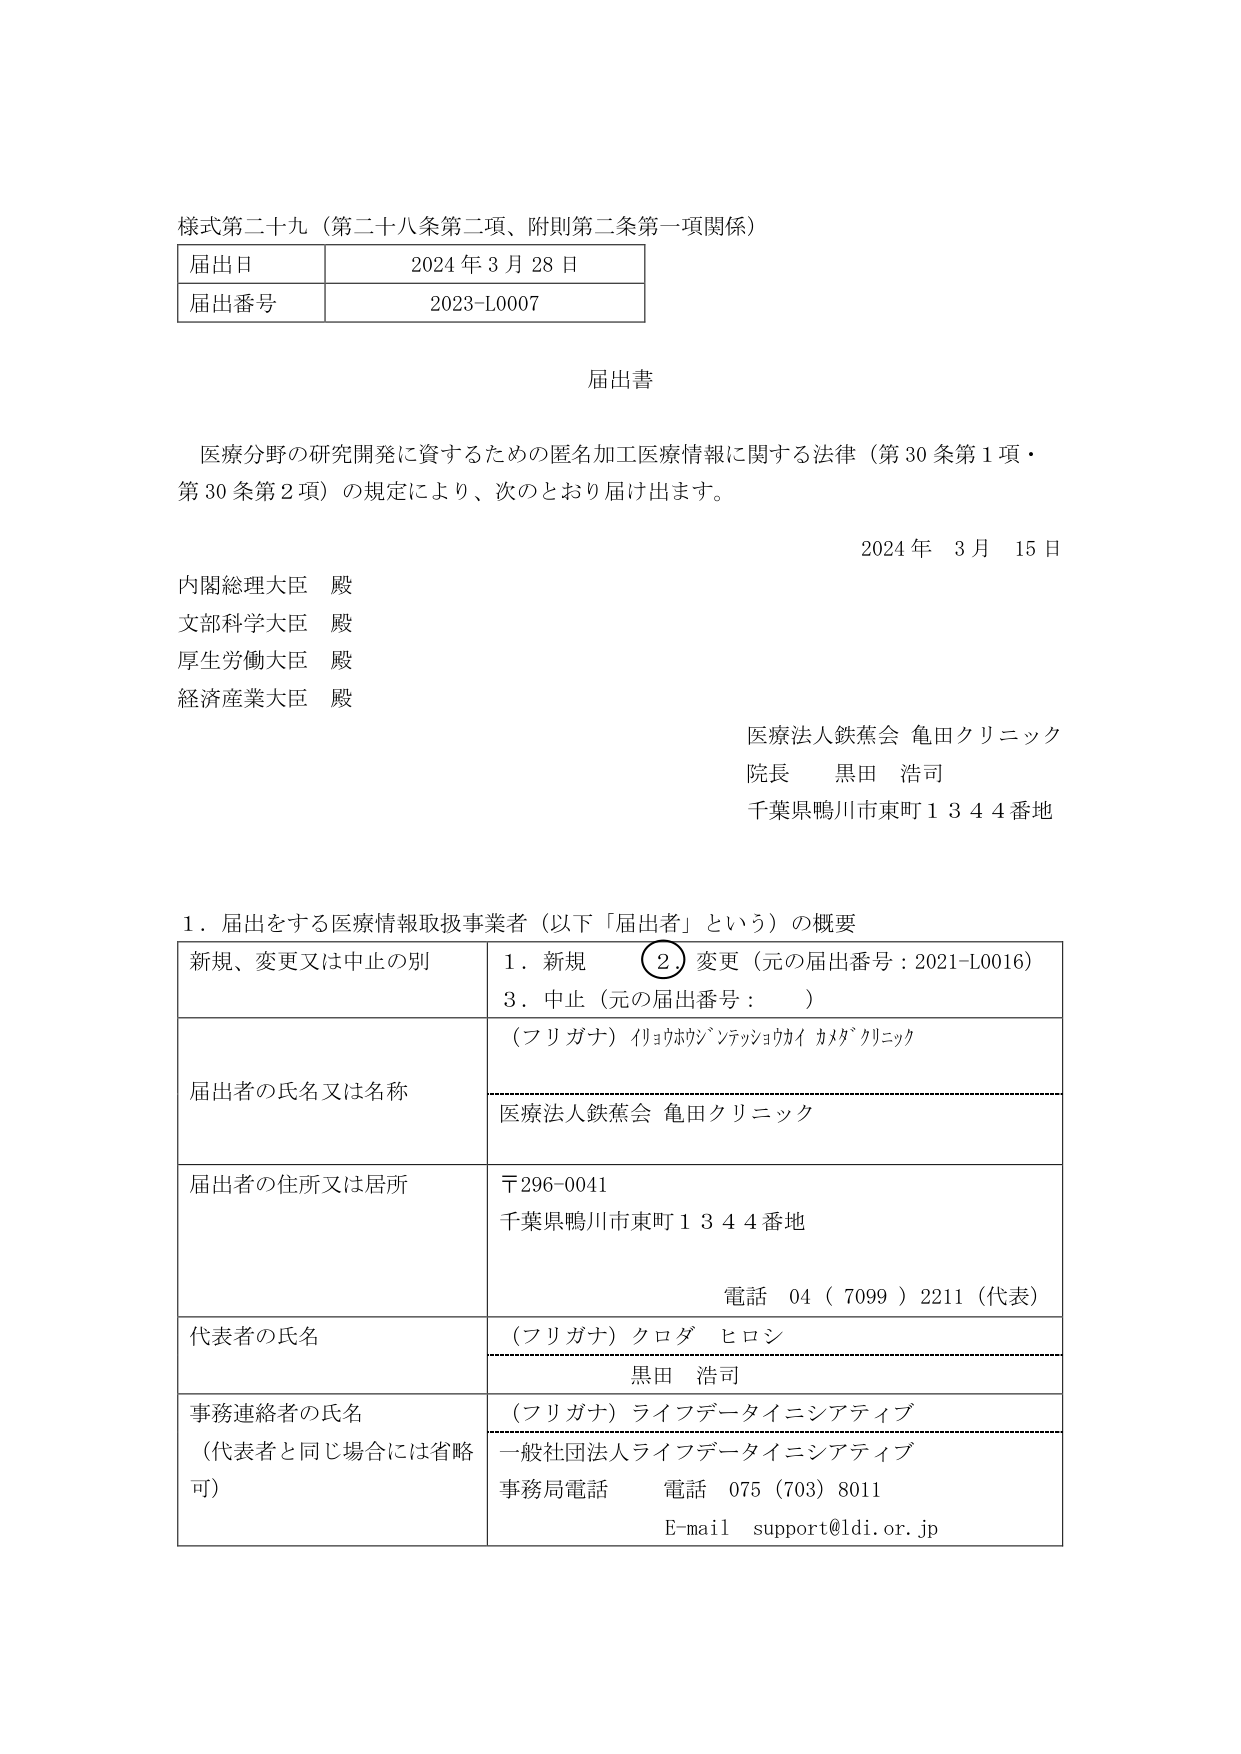
様式第二十九（第二十八条第二項、附則第二条第一項関係）

届出日　　2024年3月28日
届出番号　2023-L0007

届出書

医療分野の研究開発に資するための匿名加工医療情報に関する法律（第30条第1項・第30条第2項）の規定により、次のとおり届け出ます。

2024年　3月　15日

内閣総理大臣　殿
文部科学大臣　殿
厚生労働大臣　殿
経済産業大臣　殿

医療法人鉄蕉会 亀田クリニック
院長　黒田 浩司
千葉県鴨川市東町1344番地

1．届出をする医療情報取扱事業者（以下「届出者」という）の概要

| 新規、変更又は中止の別 | 1．新規　　②．変更（元の届出番号：2021-L0016）　3．中止（元の届出番号：　　） |
|--------------------------|-----------------------------------------------------------------------------|
| 届出者の氏名又は名称     | （フリガナ）イリョウホウジンテッショウカイ カメダ クリニック<br>医療法人鉄蕉会 亀田クリニック |
| 届出者の住所又は居所     | 〒296-0041<br>千葉県鴨川市東町1344番地<br>電話　04（7099）2211（代表） |
| 代表者の氏名             | （フリガナ）クロダ ヒロシ<br>黒田 浩司 |
| 事務連絡者の氏名<br>（代表者と同じ場合には省略可） | （フリガナ）ライフデータイニシアティブ<br>一般社団法人ライフデータイニシアティブ<br>事務局電話　電話　075（703）8011<br>E-mail　support@ldi.or.jp |